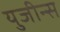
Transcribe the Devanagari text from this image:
युजीन्स